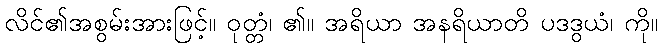
လိင်၏အစွမ်းအားဖြင့်။ ဝုတ္တံ၊ ၏။ အရိယာ အနရိယာတိ ပဒဒွယံ၊ ကို။